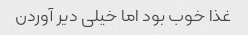
غذا خوب بود اما خیلی دیر آوردن